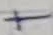
Text: +